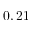
0 , 2 1